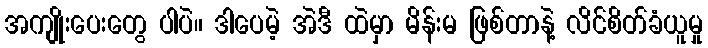
အကျိုးပေးတွေ ပါပဲ။ ဒါပေမဲ့ အဲဒီ ထဲမှာ မိန်းမ ဖြစ်တာနဲ့ လိင်စိတ်ခံယူမှု